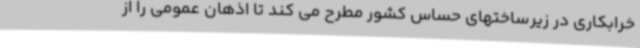
خرابکاری در زیرساختهای حساس کشور مطرح می کند تا اذهان عمومی را از